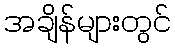
အချိန်များတွင်